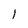
Character: 1